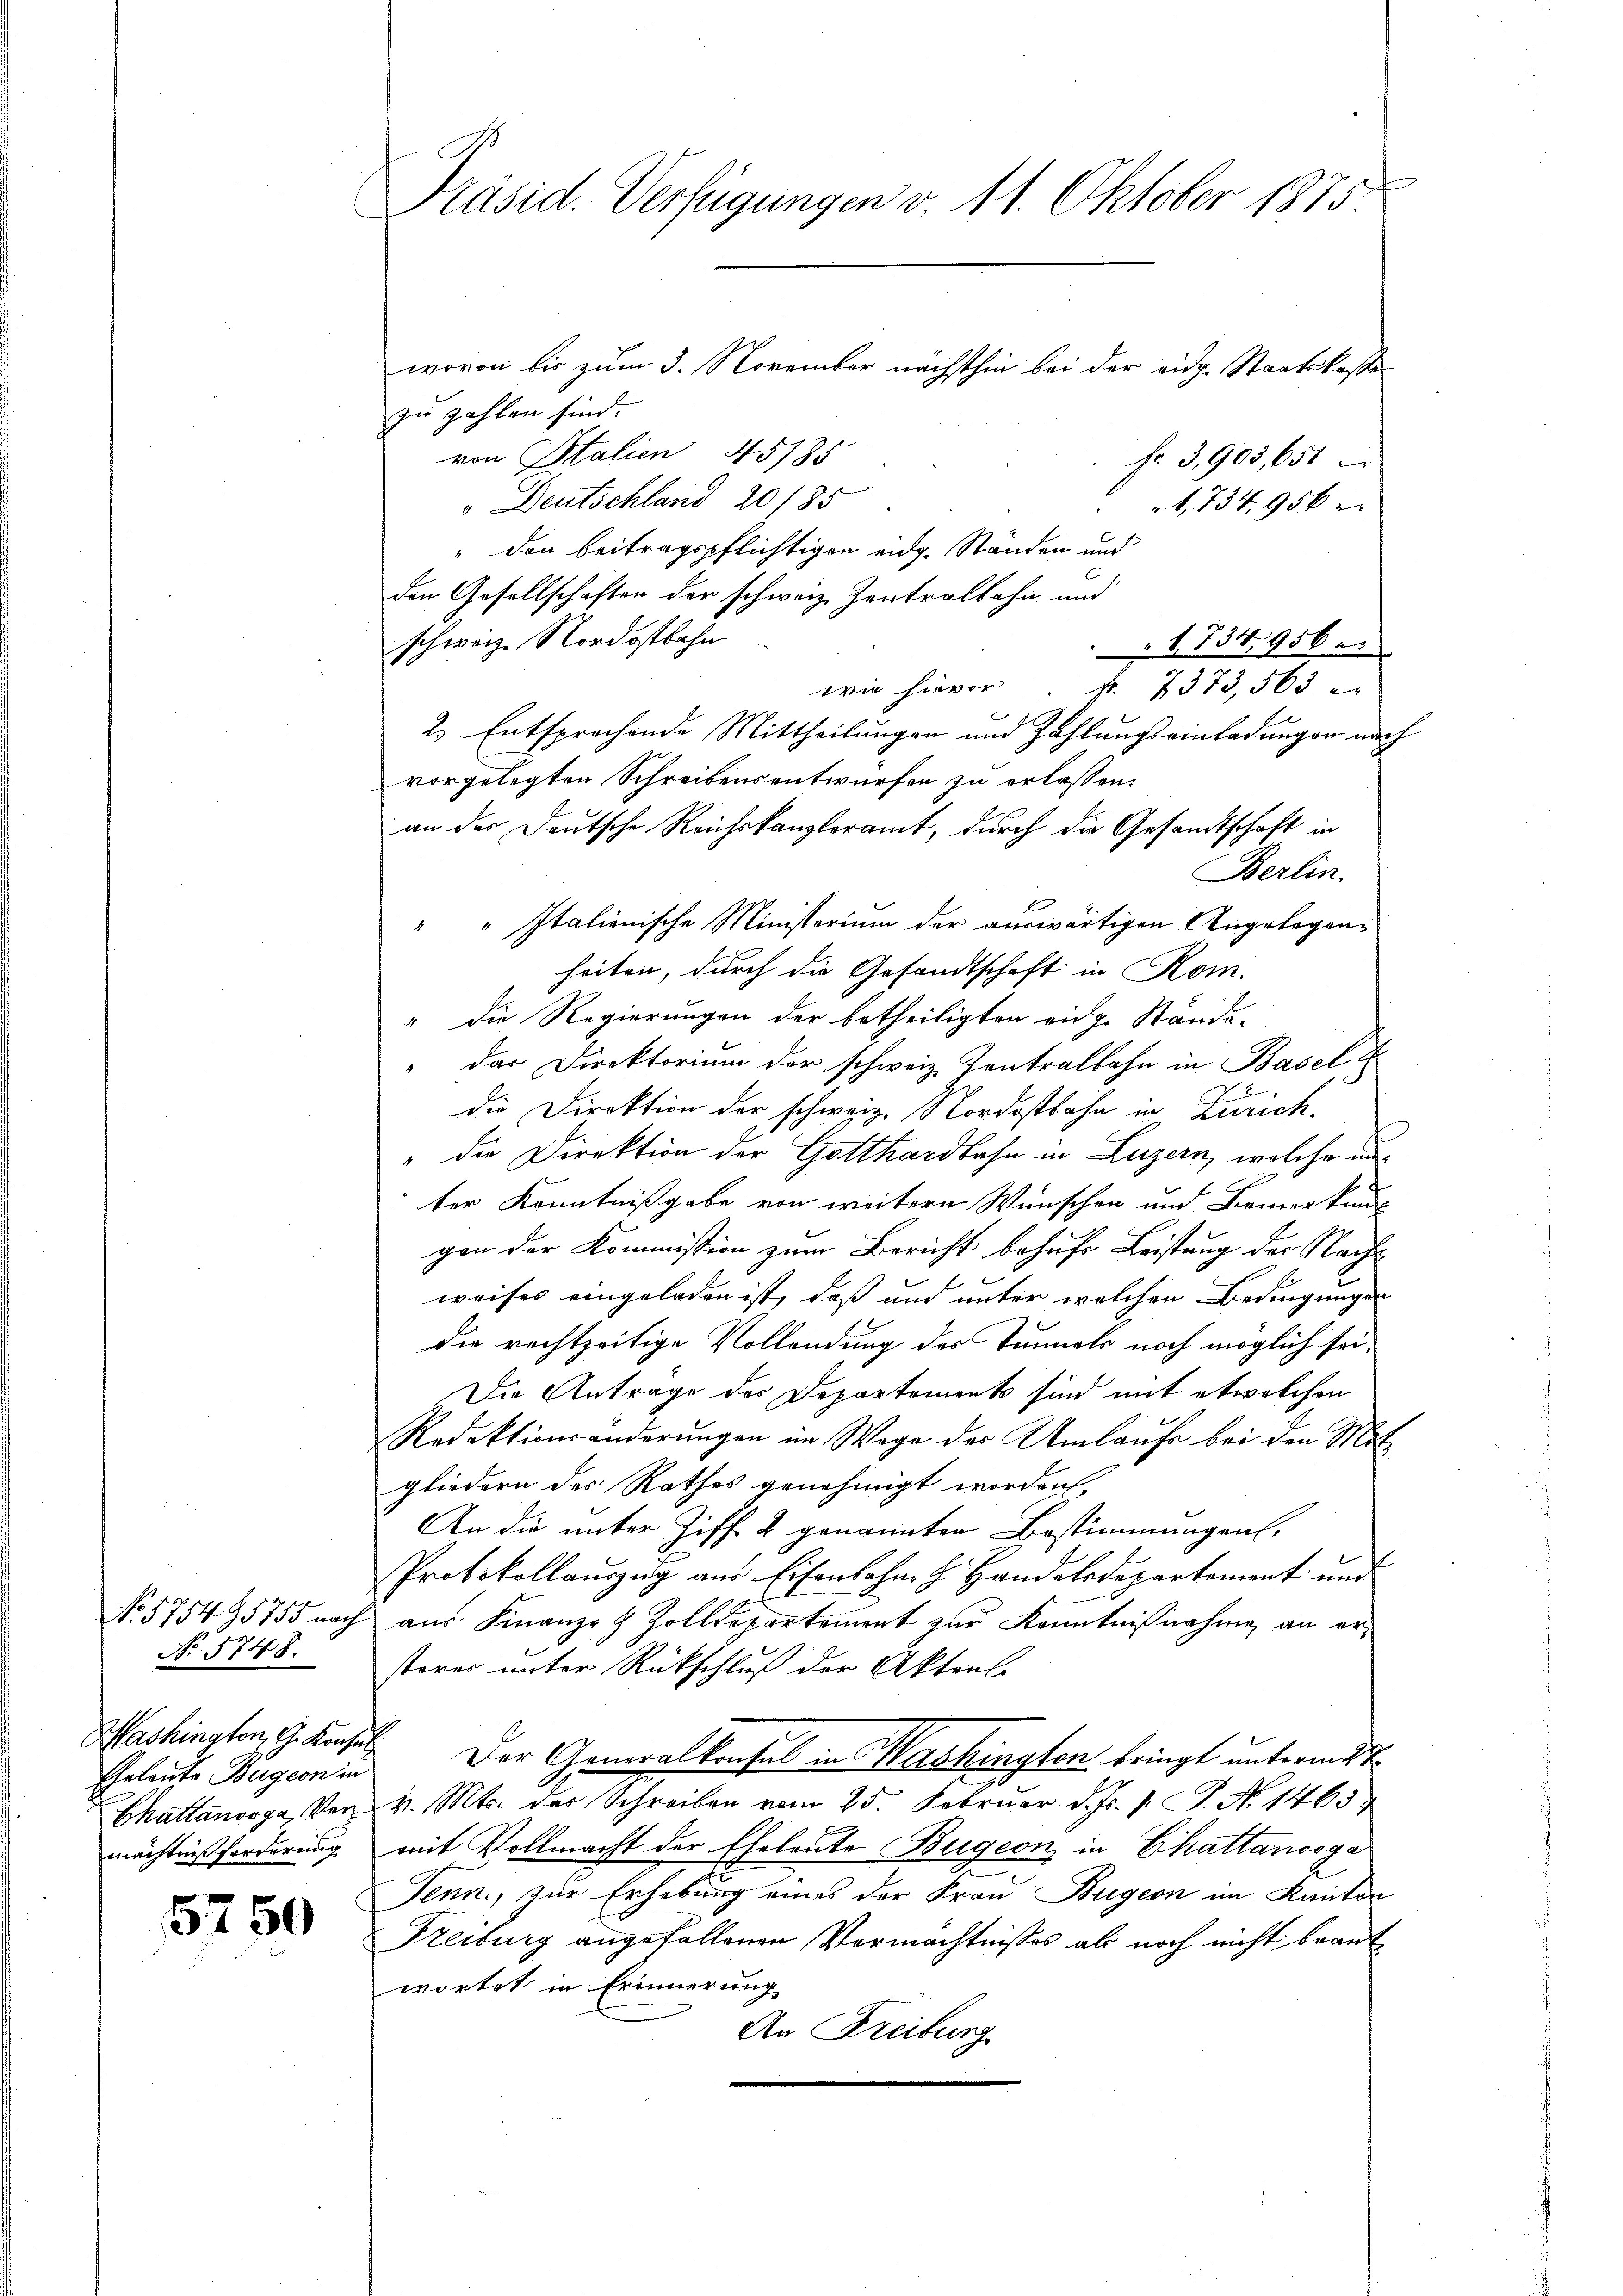
No 5754 95755 nach
No. 5748.
Mashington G. Konsul
Eheleute Bügeon in
Chattanosga, Vermächtnis forderung

5750

Präsid. Verfügungen v. 11. Oktober 1875.
wovon bis zum 3. November nächsthin bei der eidg. Staatskoste

zu zahlen sind.
von Stalien 45185
Fr. 3,903,651
 Deutschland 20/35
1, 734, 956
" den beitragspflichtigen eidg. Standen und
den Gesellschaften der schweiz Zentralbahn und
schweiz. Nordostbahn
1734,956.
wie hievor u. 7373,563
2. Entsprechende Mittheilungen und Zahlŭngseinladungen nach
vorgelegten Schreibensentwürfen zu erlassen.
an der Deutsche Reichskanzleramt, durch die Gesandtschaft in
Berlin.
" " Italienische Ministerium der auswärtigen Angelegenheiten, durch die Gesandtschaft in Rom.
" die Regierungen der betheiligten eige Stände-
dar Direktorium der schweiz. Kontralbahn in Basel u
die Direktion der schweiz. Nordostbahn in Zürich.
" die Direktion der Gotthardbahn in Luzern, welche unter Kenntnißgabe von weitere Wünschen und Bemerkun-
gen der Kommission zum Bericht behufe Leistung der Nachweises eingeladen ist, daß und unter welchen Bedingungen
die rechtzeitige Vollendung des Tunnels noch möglich sei¬
Die Antrage des Departements sind mit etwelchen
Redaktionsänderungen im Wege der Umlaufs bei den Mitgliedern der Rathes genehmigt worden,
An die unter Ziff. 2 genannten Bestimmungen,
Protokollauszug aus Eisenbahn z. Handelsdepartement und
aus Finanze & Zolldepartement zur Kenntnißnahme an ersterer unter Rückschluß der Aktens
Der Generalkonsul in Washingten bringt unterm 2te
v. Mts. des Schreiben vom 25. Februar d. Js. v. J. No 1465
mit Vollmacht der Eheleute Bügeon in Chatlandsga
Tenn, zur Erhebung eines der Frau Bugern im Kanton
Freiburg angefallenen Vermächtnisses als noch nicht beant
wortet in Erinnerung
An Freiburg